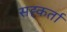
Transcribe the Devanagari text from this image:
सह्कर्ता